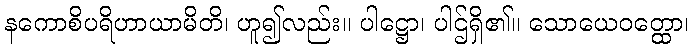
နကောစိပရိဟာယာမိတိ၊ ဟူ၍လည်း။ ပါဋ္ဌော၊ ပါဌ်ရှိ၏။ သောယေဝတ္ထော၊